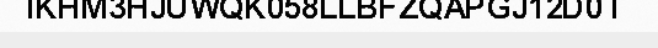
IKHM3HJUWQK058LLBFZQAPGJ12D0T